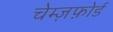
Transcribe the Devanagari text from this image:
चेम्ज़फ़ोर्ड